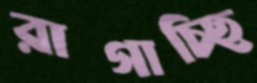
রাগাচ্ছি